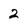
Character: 2